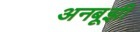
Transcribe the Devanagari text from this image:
अनबूझी